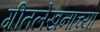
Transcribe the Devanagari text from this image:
गीतलेखनाच्या